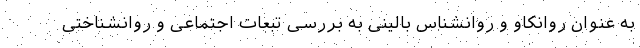
به عنوان روانکاو و روانشناس بالینی به بررسی تبعات اجتماعی و روانشناختی